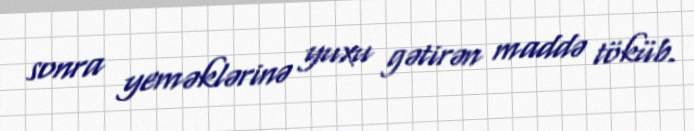
sonra yeməklərinə yuxu gətirən maddə töküb.